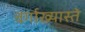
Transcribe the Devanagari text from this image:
वर्गाख्यास्ते